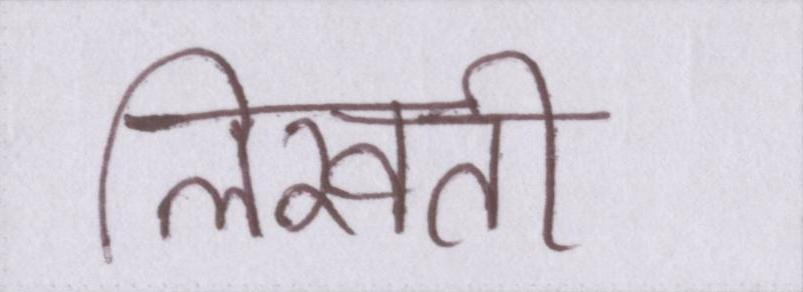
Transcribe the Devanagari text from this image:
लिखती